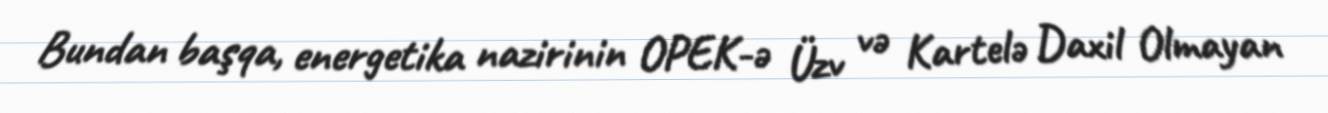
Bundan başqa, energetika nazirinin OPEK-ə Üzv və Kartelə Daxil Olmayan